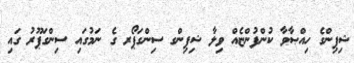
ޝިޕިންގެ ހިއްޞާވާ ކުންފުންޏެއް ވިލާ ޝިޕިންގ ސިންގަޕޯރ ގެ ނަމުގައި ސިންގަޕޫރު ގައި